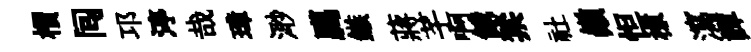
檟囘邛渟哉璋𣺌臈鏃蔣芊啊餓禁社巔怛棣瀉譚